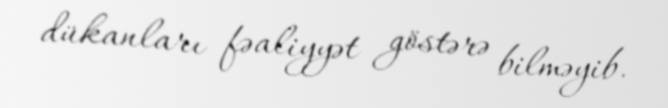
dükanları fəaliyyət göstərə bilməyib.